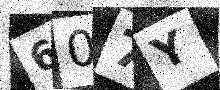
Text: 607Y